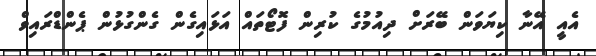
އެއީ އޭނާ ކިޔަވަން ބޭރަށް ދިއުމުގެ ކުރިން ފޮޓޯތައް އަޅައިގެން ގެންގުޅުން ޕެންޑްރައިވް